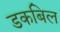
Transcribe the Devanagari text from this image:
डकबिल